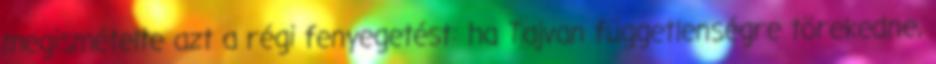
megismételte azt a régi fenyegetést: ha Tajvan függetlenségre törekedne,